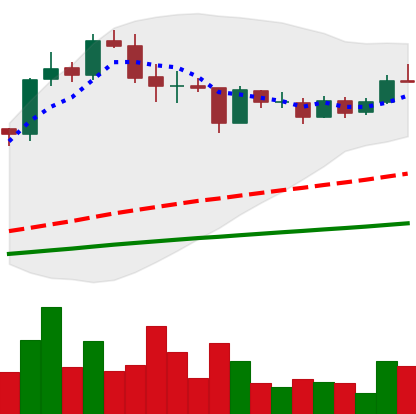
Ticker: LINK-USD
Chart end date: 2020-08-30
Forward return: -24.161%
Label: down_7plus